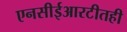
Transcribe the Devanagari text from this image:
एनसीईआरटीतही